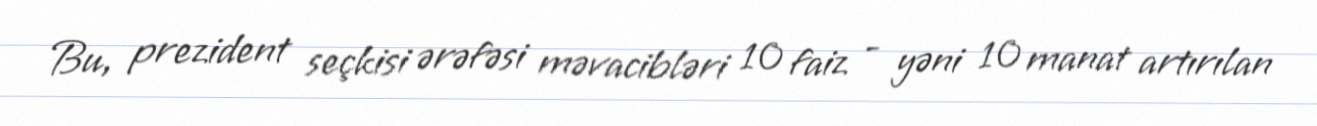
Bu, prezident seçkisi ərəfəsi məvacibləri 10 faiz - yəni 10 manat artırılan